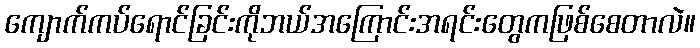
ကျောက်ကပ်ရောင်ခြင်းကိုဘယ်အကြောင်းအရင်းတွေကဖြစ်စေတာလဲ။